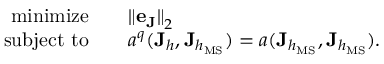
\begin{array} { r } { \begin{array} { r l } { \mathrm { m i n i m i z e } \quad } & { { \| \mathbf { e } _ { \mathbf { J } } \| } _ { 2 } } \\ { \mathrm { s u b j e c t ~ t o } \quad } & { a ^ { q } ( \mathbf { J } _ { h } , \mathbf { J } _ { h _ { \mathrm { M S } } } ) = a ( \mathbf { J } _ { h _ { \mathrm { M S } } } , \mathbf { J } _ { h _ { \mathrm { M S } } } ) . } \end{array} } \end{array}